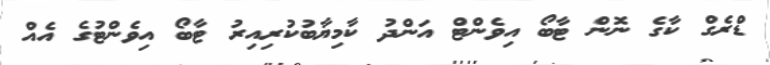
ޑްރެގް ކާގެ ނޮން ޓާބޯ އިވެންޓް އަންދު ކާމިޔާބުކުރިއިރު ޓާބޯ އިވެންޓުގެ އެއް